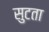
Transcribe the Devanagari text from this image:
सुटता